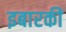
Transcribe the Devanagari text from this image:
इबारकी